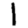
Digit: 1